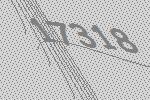
17318